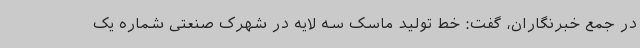
در جمع خبرنگاران، گفت: خط تولید ماسک سه لایه در شهرک صنعتی شماره یک